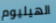
الهيليوم